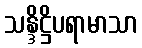
သန္ဒိဋ္ဌိပရာမာသာ